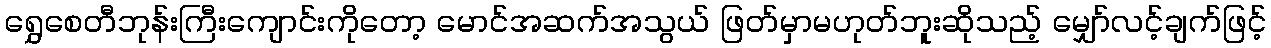
ရွှေစေတီဘုန်းကြီးကျောင်းကိုတော့ မောင်အဆက်အသွယ် ဖြတ်မှာမဟုတ်ဘူးဆိုသည့် မျှော်လင့်ချက်ဖြင့်